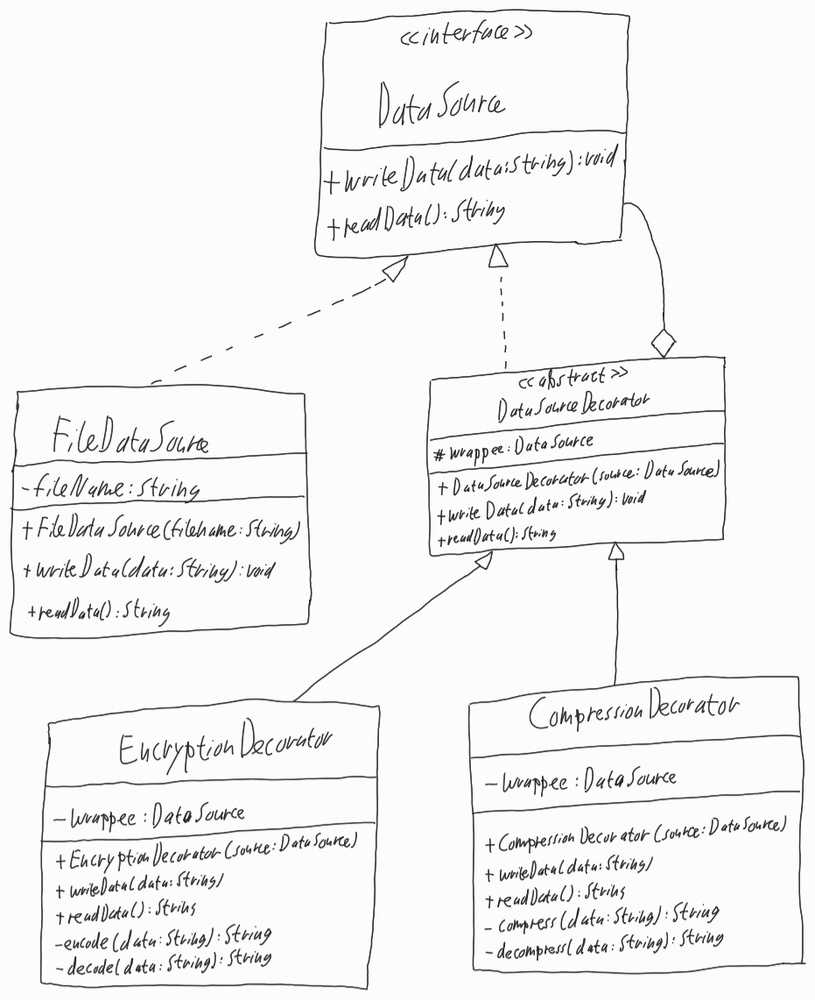
Diagram type: class_diagram
```plantuml
@startuml

interface DataSource {
  + writeData(data: String): void
  + readData(): String
}

class FileDataSource implements DataSource {
  - fileName: String
  + FileDataSource(fileName: String)
  + writeData(data: String): void
  + readData(): String
}

abstract DataSourceDecorator implements DataSource {
  # wrappee: DataSource
  + DataSourceDecorator(source: DataSource)
  + writeData(data: String): void
  + readData(): String
}

class EncryptionDecorator extends DataSourceDecorator {
  - wrappee: DataSource
  + EncryptionDecorator(source: DataSource)
  + writeData(data: String)
  + readData(): String
  - encode(data: String): String
  - decode(data: String): String
}

class CompressionDecorator extends DataSourceDecorator {
  - wrappee: DataSource
  + CompressionDecorator(source: DataSource)
  + writeData(data: String)
  + readData(): String
  - compress(data: String): String
  - decompress(data: String): String
}

DataSourceDecorator o-- DataSource

@enduml
```